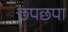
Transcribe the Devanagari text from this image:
छपछपा